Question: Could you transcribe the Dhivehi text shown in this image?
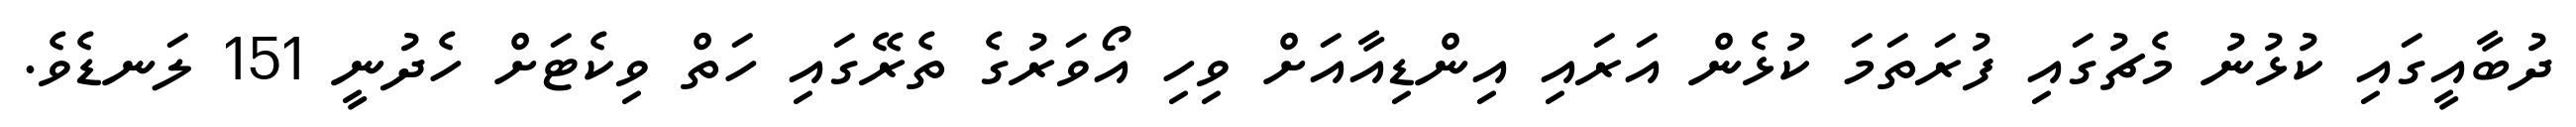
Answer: ދުބާއީގައި ކުޅުނު މެޗުގައި ފުރަތަމަ ކުޅެން އަރައި އިންޑިއާއަށް ވިހި އޯވަރުގެ ތެރޭގައި ހަތް ވިކެޓަށް ހެދުނީ 151 ލަނޑެވެ.